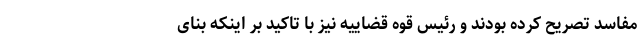
مفاسد تصریح کرده بودند و رئیس قوه قضاییه نیز با تاکید بر اینکه بنای